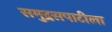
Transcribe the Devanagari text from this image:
समुद्रसपाटीला